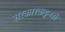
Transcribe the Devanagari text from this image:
सरकारकडूनही